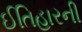
ઈતિહારની